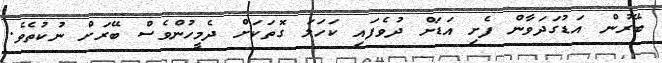
ބޭރުން އަޑުގަދަވާން ފެށި އަޑަށް ދުވެފައި ކަހަލަ ގޮތަކަށް ދެމީހުންވެސް ބޭރަށް ނުކުތެވެ.